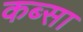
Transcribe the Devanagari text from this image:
कब्सा